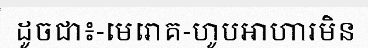
ដូចជា៖-មេរោគ-ហូបអាហារមិន